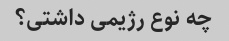
چه نوع رژیمی داشتی؟